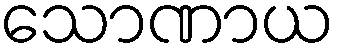
သောဏာယ